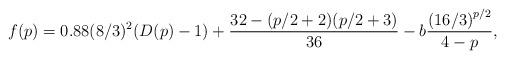
LaTeX: \begin{align*}f(p) = 0.88(8/3)^2(D(p)-1) + \frac{32-(p/2+2)(p/2+3)}{36} - b\frac{\left(16/3\right)^{p/2}}{4-p},\end{align*}